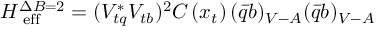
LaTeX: { \cal H } _ { \mathrm { \scriptsize ~ e f f } } ^ { \Delta B = 2 } = ( V _ { t q } ^ { * } V _ { t b } ) ^ { 2 } C \left( x _ { t } \right) ( \bar { q } b ) _ { V - A } ( \bar { q } b ) _ { V - A }